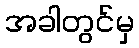
အခါတွင်မှ